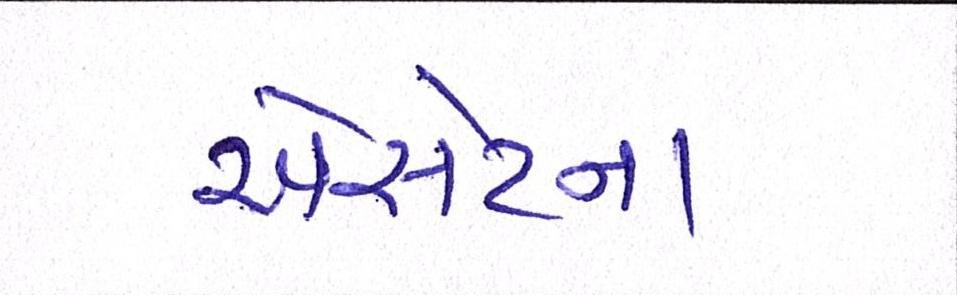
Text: એસેટના